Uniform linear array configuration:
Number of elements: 32
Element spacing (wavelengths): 0.25
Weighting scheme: kaiser
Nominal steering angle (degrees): -15
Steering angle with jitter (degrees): -14.624
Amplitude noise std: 0.05
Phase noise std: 0.05

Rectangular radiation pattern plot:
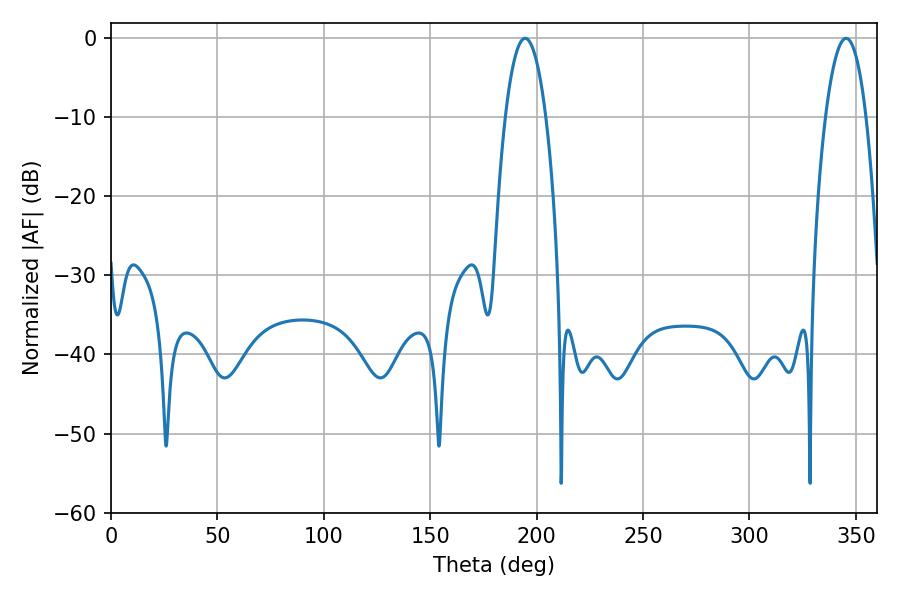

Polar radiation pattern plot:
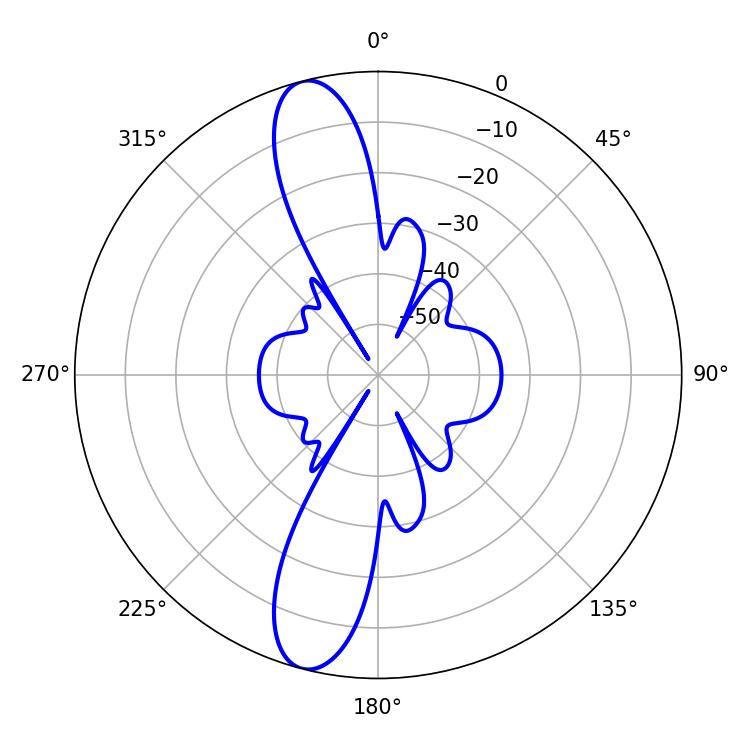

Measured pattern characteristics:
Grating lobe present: FALSE
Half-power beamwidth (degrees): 10.62
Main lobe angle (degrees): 194.58